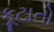
કૂટાતો